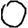
Digit: 0